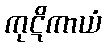
ကုဋိကာယံ